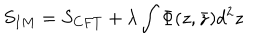
LaTeX: { S _ { I M } = S _ { C F T } + \lambda \int \Phi ( z , \bar { z } ) d ^ { 2 } z }